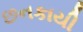
છનકાયી